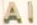
Al